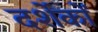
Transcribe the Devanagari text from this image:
दर्शेकों